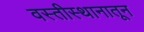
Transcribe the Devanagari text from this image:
वस्तीस्थानातून